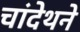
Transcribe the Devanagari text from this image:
चांदेथने